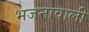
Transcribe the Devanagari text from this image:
भजनावाली